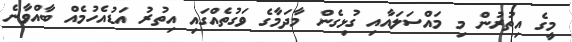
މީގެ އިތުރުން މި މައްސަލައާއި ގުޅިގެން މާދަމާގެ ވަގުތެއްގައި އިތުރު އަޑުއެހުމެއް ބާއްވާނެ